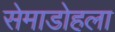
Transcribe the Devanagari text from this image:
सेमाडोहला